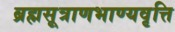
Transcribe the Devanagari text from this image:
ब्रह्मसूत्राणभाण्यवृत्ति